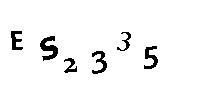
ES2335